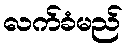
လက်ခံမည်